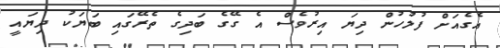
އެގެއަށް ފުލުހުން ދިޔަ އިރުވެސް އެ ގޭގެ ބަދިގެ ތެރޭގައި ބަޔަކު ދިޔައީ